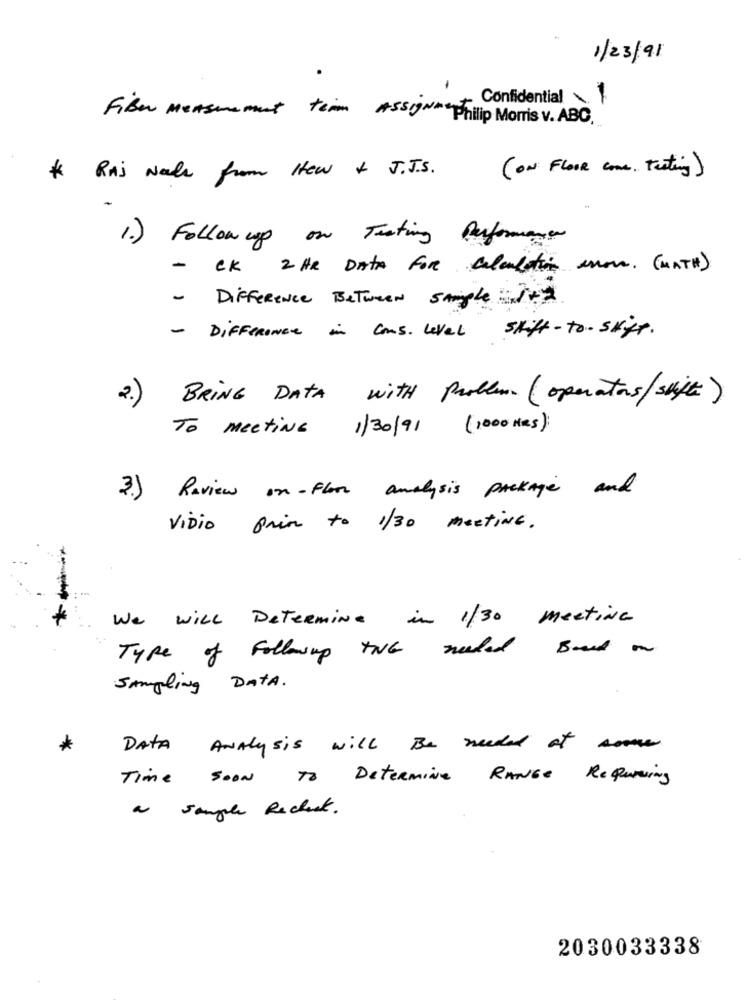
1/23/91
Confidential
Fiber measurement tem AssIgNACPhilip Morris v. ABC.
( ON FLOOR come. testing)
* Raj Nale from Hew + J.J.S.
1.) Followupg on Trating Performance
- CK 2HR Data For calculation mon. (MATH)
- Difference Between samples1+2
- Difference in Cons. Level shift-to-skyt.
2.) BRING DATA with Problem ( operators/supE)
To meeting 1/30/91 (1000 KRS)
3.) Review on-Floor analysis package and
ViDio prin to 1/30 meeting.
We will Determine in 1/30 meeting
Type of Followup THE needed Brand on
Sampling DATA.
*
DATA Analysis will Be needed at some
Time soon To Determine RANGE Requiring
a sample Recheck.
2030033338